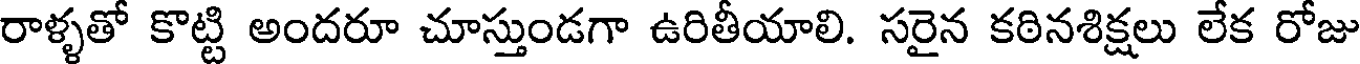
రాళ్ళతో కొట్టి అందరూ చూస్తుండగా ఉరితీయాలి. సరైన కఠినశిక్షలు లేక రోజు